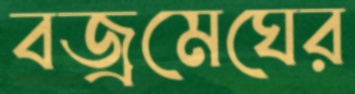
বজ্রমেঘের